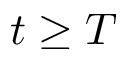
t \geq T